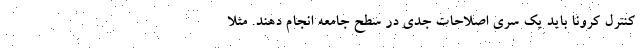
کنترل کرونا باید یک سری اصلاحات جدی در سطح جامعه انجام دهند. مثلا